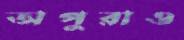
অপুরাও